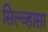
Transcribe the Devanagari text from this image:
सिल्व्हासा